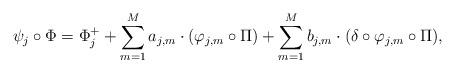
LaTeX: \begin{align*}\psi_j\circ \Phi=\Phi^+_j+\sum_{m=1}^M a_{j,m}\cdot (\varphi_{j,m}\circ \Pi)+\sum_{m=1}^M b_{j,m} \cdot (\delta \circ \varphi_{j,m}\circ \Pi),\end{align*}